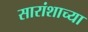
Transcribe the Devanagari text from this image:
सारांशाच्या